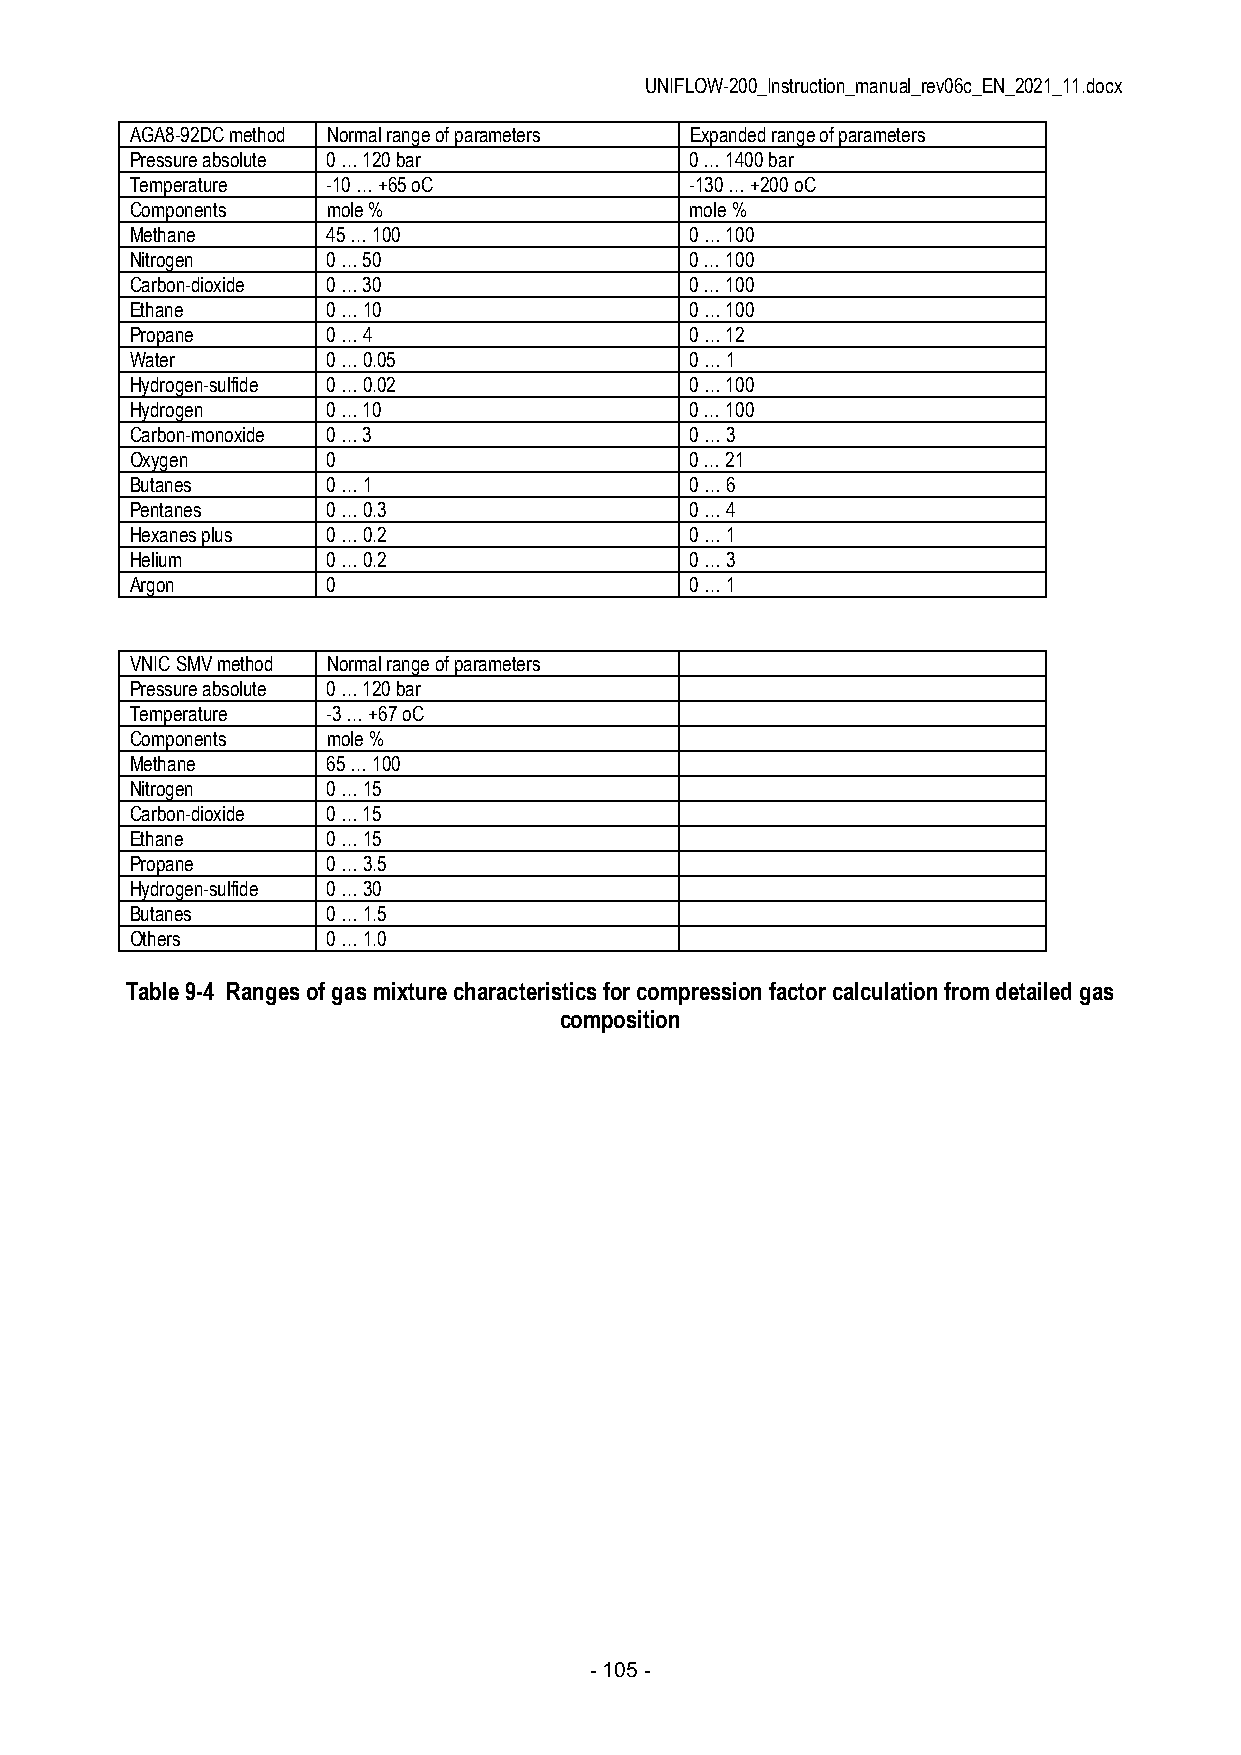
UNIFLOW-200_Instruction_manual_rev06c_EN_2021_11.docx
 AGA8-92DC method Normal range of parameters Expanded range of parameters
 Pressure absolute 0 … 120 bar        0 … 1400 bar
 Temperature  -10 … +65 oC            -130 … +200 oC
 Components   mole %                  mole %
 Methane      45 … 100                0 … 100
 Nitrogen     0 … 50                  0 … 100
 Carbon-dioxide 0 … 30                0 … 100
 Ethane       0 … 10                  0 … 100
 Propane      0 … 4                   0 … 12
 Water        0 … 0.05                0 … 1
 Hydrogen-sulfide 0 … 0.02            0 … 100
 Hydrogen     0 … 10                  0 … 100
 Carbon-monoxide 0 … 3                0 … 3
 Oxygen       0                       0 … 21
 Butanes      0 … 1                   0 … 6
 Pentanes     0 … 0.3                 0 … 4
 Hexanes plus 0 … 0.2                 0 … 1
 Helium       0 … 0.2                 0 … 3
 Argon        0                       0 … 1
 VNIC SMV method Normal range of parameters
 Pressure absolute 0 … 120 bar
 Temperature  -3 … +67 oC
 Components   mole %
 Methane      65 … 100
 Nitrogen     0 … 15
 Carbon-dioxide 0 … 15
 Ethane       0 … 15
 Propane      0 … 3.5
 Hydrogen-sulfide 0 … 30
 Butanes      0 … 1.5
 Others       0 … 1.0
 Table 9-4 Ranges of gas mixture characteristics for compression factor calculation from detailed gas
 composition
 - 105 -